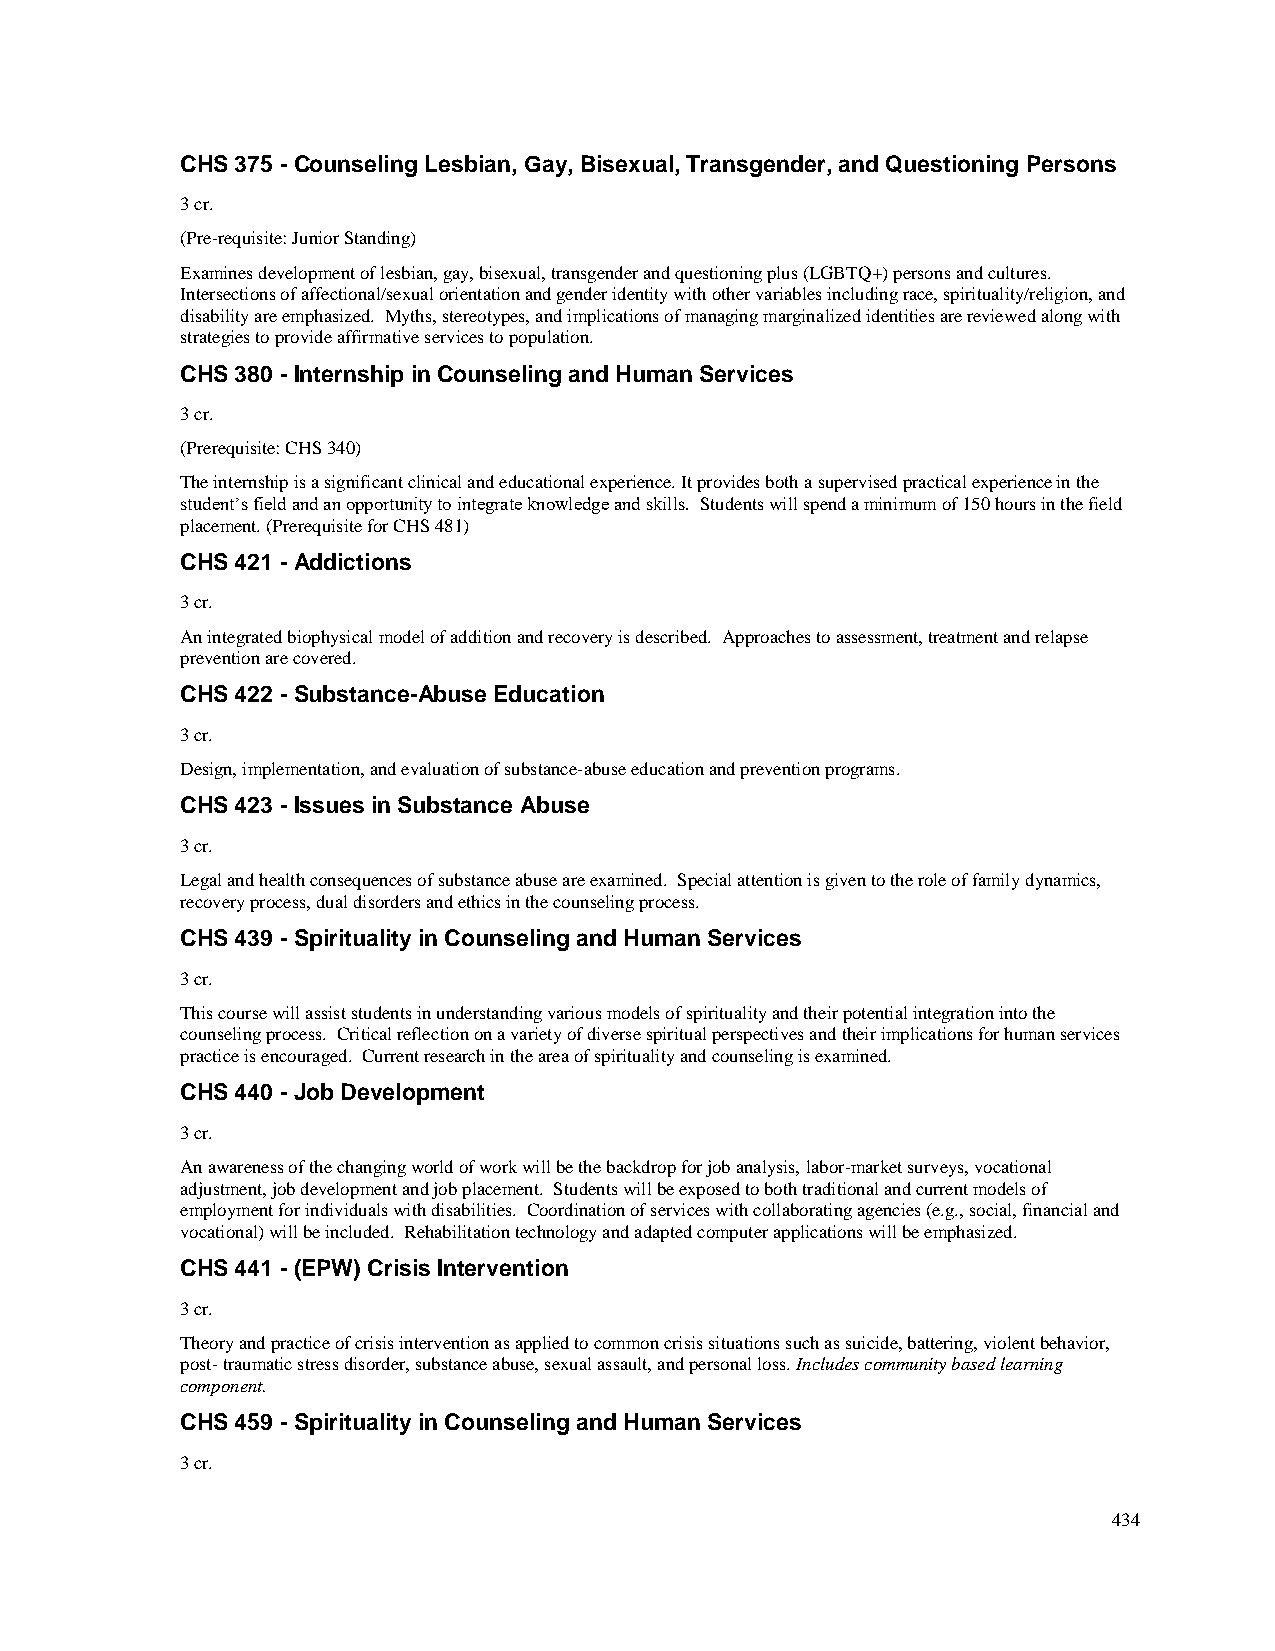
CHS 375 - Counseling Lesbian, Gay, Bisexual, Transgender, and Questioning Persons
 3 cr.
 (Pre-requisite: Junior Standing)
 Examines development of lesbian, gay, bisexual, transgender and questioning plus (LGBTQ+) persons and cultures.
 Intersections of affectional/sexual orientation and gender identity with other variables including race, spirituality/religion, and
 disability are emphasized. Myths, stereotypes, and implications of managing marginalized identities are reviewed along with
 strategies to provide affirmative services to population.
 CHS 380 - Internship in Counseling and Human Services
 3 cr.
 (Prerequisite: CHS 340)
 The internship is a significant clinical and educational experience. It provides both a supervised practical experience in the
 student’s field and an opportunity to integrate knowledge and skills. Students will spend a minimum of 150 hours in the field
 placement. (Prerequisite for CHS 481)
 CHS 421 - Addictions
 3 cr.
 An integrated biophysical model of addition and recovery is described. Approaches to assessment, treatment and relapse
 prevention are covered.
 CHS 422 - Substance-Abuse Education
 3 cr.
 Design, implementation, and evaluation of substance-abuse education and prevention programs.
 CHS 423 - Issues in Substance Abuse
 3 cr.
 Legal and health consequences of substance abuse are examined. Special attention is given to the role of family dynamics,
 recovery process, dual disorders and ethics in the counseling process.
 CHS 439 - Spirituality in Counseling and Human Services
 3 cr.
 This course will assist students in understanding various models of spirituality and their potential integration into the
 counseling process. Critical reflection on a variety of diverse spiritual perspectives and their implications for human services
 practice is encouraged. Current research in the area of spirituality and counseling is examined.
 CHS 440 - Job Development
 3 cr.
 An awareness of the changing world of work will be the backdrop for job analysis, labor-market surveys, vocational
 adjustment, job development and job placement. Students will be exposed to both traditional and current models of
 employment for individuals with disabilities. Coordination of services with collaborating agencies (e.g., social, financial and
 vocational) will be included. Rehabilitation technology and adapted computer applications will be emphasized.
 CHS 441 - (EPW) Crisis Intervention
 3 cr.
 Theory and practice of crisis intervention as applied to common crisis situations such as suicide, battering, violent behavior,
 post- traumatic stress disorder, substance abuse, sexual assault, and personal loss. Includes community based learning
 component.
 CHS 459 - Spirituality in Counseling and Human Services
 3 cr.
 434